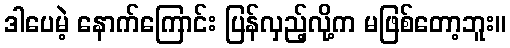
ဒါပေမဲ့ နောက်ကြောင်း ပြန်လှည့်လို့က မဖြစ်တော့ဘူး။